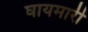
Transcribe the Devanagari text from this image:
घायमारी